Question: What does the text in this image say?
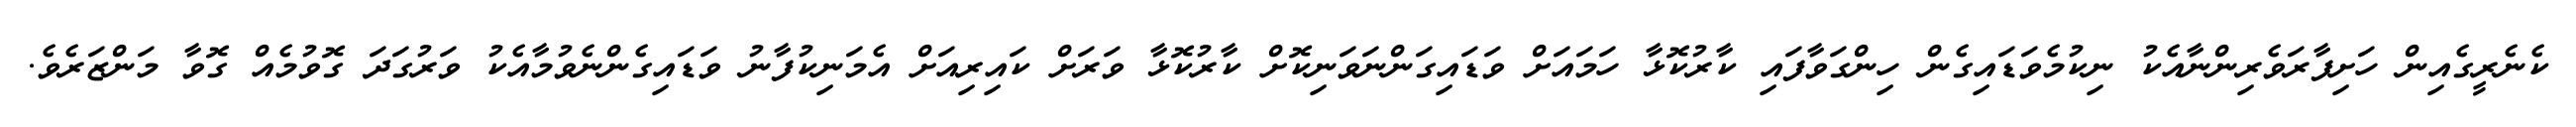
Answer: ކެނެރީގެއިން ހަށިފާރަވެރިންނާއެކު ނިކުމެވަޑައިގެން ހިންގަވާފައި ކާރުކޮޅާ ހަމައަށް ވަޑައިގަންނަވަނިކޮށް ކާރުކޮޅާ ވަރަށް ކައިރިއަށް އެމަނިކުފާނު ވަޑައިގެންނެވުމާއެކު ވަރުގަދަ ގޮވުމެއް ގޮވާ މަންޒަރެވެ.